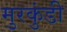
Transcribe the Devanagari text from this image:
मुरकुंडी